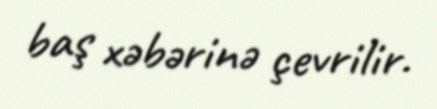
baş xəbərinə çevrilir.